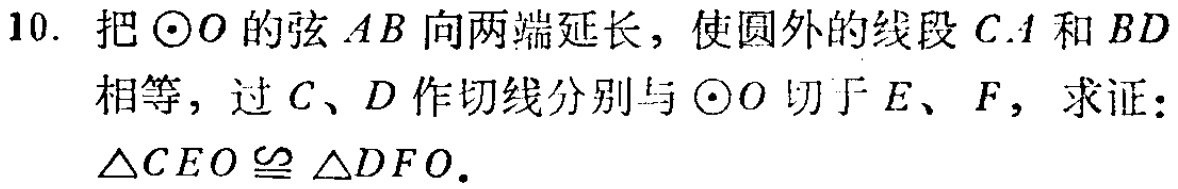
10. 把\(\odot O\)的弦\(AB\)向两端延长，使圆外的线段\(CA\)和\(BD\)相等，过\(C\)、\(D\)作切线分别与\(\odot O\)切于\(E\)、\(F\)，求证：\(\triangle CEO\cong\triangle DFO\)。